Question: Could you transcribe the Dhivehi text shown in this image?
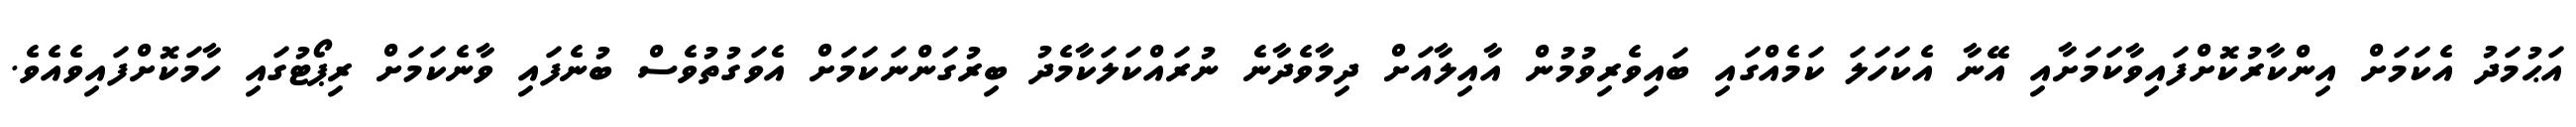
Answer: އަޙުމަދު އެކަމަށް އިންކާރުކޮށްފައިވާކަމަށާއި އޭނާ އެކަހަލަ ކަމެއްގައި ބައިވެރިވުމުން އާއިލާއަށް ދިމާވެދާނެ ނުރައްކަލަކާމެދު ބިރުގަންނަކަމަށް އެވަގުތުވެސް ބުނެފައި ވާނެކަމަށް ރިޕޯޓުގައި ހާމަކޮށްފައިވެއެވެ.